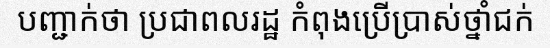
បញ្ជាក់ថា ប្រជាពលរដ្ឋ កំពុងប្រើប្រាស់ថ្នាំជក់